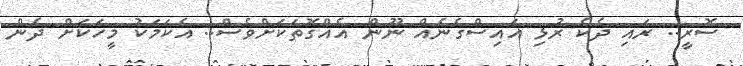
ސޮރީ.. ރައި ދެކެ ރުޅި އައިސްގެނެއް ނޫން އެއްގޮތަކަށްވެސް.. އެކަމަކު މީހަކަށް ދެން